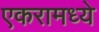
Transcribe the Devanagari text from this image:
एकरामध्ये